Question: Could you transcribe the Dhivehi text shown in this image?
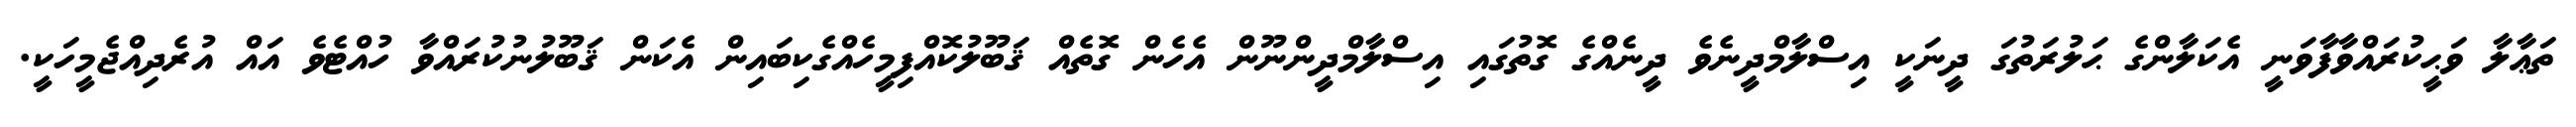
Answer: ތަޢާލާ ވަޙީކުރައްވާފާވަނީ އެކަލާންގެ ޙަލުރަތުގަ ދީނަކީ އިސްލާމްދީނެވެ ދީނެއްގެ ގޮތުގައި އިސްލާމްދީންނޫން އެހެން ގޮތެއް ޤަބޫލުކޮއްފިމީހެއްގެކިބައިން އެކަން ޤަބޫލުނުކުރައްވާ ހުއްޓެވެ އައް އުރެދިއްޖެމީހަކީ.